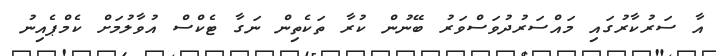
އާ ސަރުކާރުގައި މައްސަރުދުވަސްވަރު ބޭނުން ކުރާ ތަކެތިން ނަގާ ޓެކްސް އުވާލުމަށް ކެމްޕެއިނު